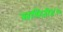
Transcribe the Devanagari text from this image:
समिती४६